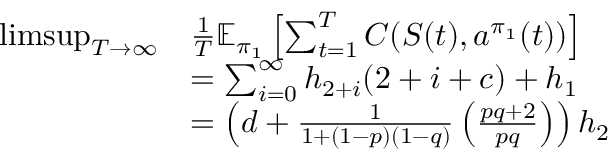
\begin{array} { r l } { \operatorname* { l i m s u p } _ { T \rightarrow \infty } } & { \frac { 1 } { T } \mathbb { E } _ { \pi _ { 1 } } \left[ \sum _ { t = 1 } ^ { T } C ( S ( t ) , a ^ { \pi _ { 1 } } ( t ) ) \right] } \\ & { = \sum _ { i = 0 } ^ { \infty } { h } _ { { 2 } + i } ( { 2 } + i + c ) + { h } _ { 1 } } \\ & { = \left( d + \frac { 1 } { 1 + ( 1 - p ) ( 1 - q ) } \left( \frac { p q + 2 } { p q } \right) \right) { h } _ { 2 } } \end{array}